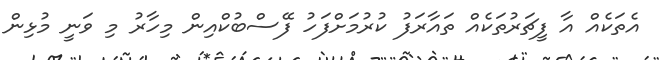
އެތަކެއް އާ ފީޗަރުތަކެއް ތައާރަފު ކުރުމަށްފަހު ފޭސްބުކްއިން މިހާރު މި ވަނީ މުޅިން